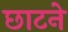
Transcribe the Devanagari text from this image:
छाटने